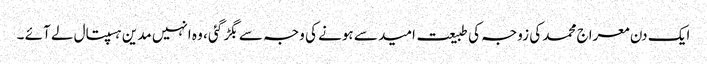
ایک دن معراج محمد کی زوجہ کی طبیعت امید سے ہونے کی وجہ سے بگڑ گئی ، وہ انہیں مدین ہسپتال لے آئے ۔